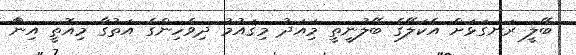
ބޭލީ ރަނގަޅަށް އެކަލޭގެ ބޭލުނީތީ މިައަދު މިޤައުމު ދިވެހިންގެ އަތުގާ މިއޮތީ އިންަާ